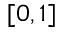
[ 0 , 1 ]